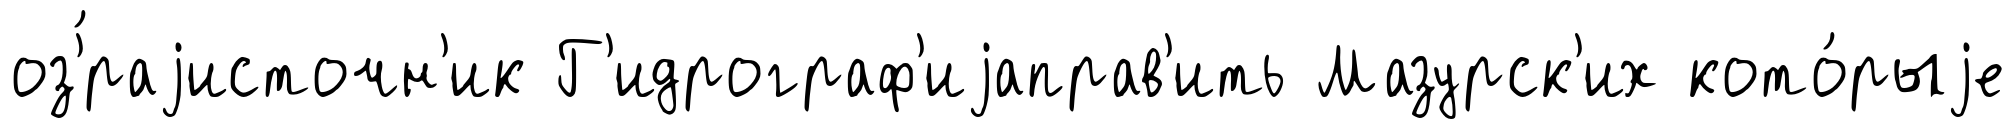
оз'́раjисточн'ик Г'идрограф'иjаправ'ить Мазурск'их кото́рыjе